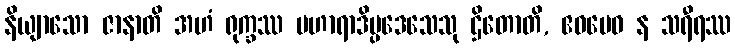
နိယျာသော ဇာနာတိ အဟံ ရုက္ခဿ ပဟာရာဒိပ္ပဒေသေသု ဌိတောတိ, ဧဝမေဝ န သရီရဿ